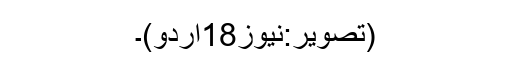
(تصویر:نیوز18اردو)۔